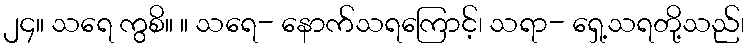
၂၄။ သရေ ကွစိ။ ။ သရေ- နောက်သရကြောင့်၊ သရာ- ရှေ့သရတို့သည်၊